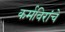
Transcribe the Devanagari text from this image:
कर्मविरांचे